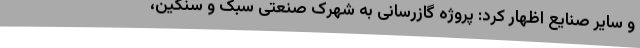
و سایر صنایع اظهار کرد: پروژه گازرسانی به شهرک صنعتی سبک و سنگین،